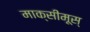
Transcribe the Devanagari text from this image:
माक्सीमूस्